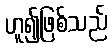
ဟူ၍ဖြစ်သည်